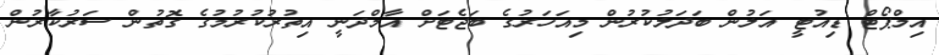
އިމްޕޯޓް ޑިއުޓީ އަލުން ބަދަލުކުރުން މިއަހަރުގެ ބަޖެޓަށް އާމްދަނީ އިތުރުކުރުމުގެ ގޮތުން ސަރުކާރުން